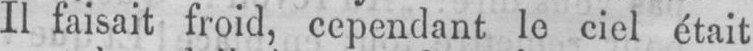
Il faisait froid, cependant le ciel était